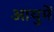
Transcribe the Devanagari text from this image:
आयुमें